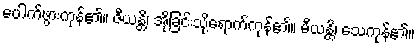
ပေါက်ဖွားကုန်၏။ ဇီယန္တိ၊ အိုခြင်းသို့ရောက်ကုန်၏။ မီယန္တိ၊ သေကုန်၏။